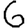
Digit: 6